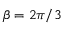
\beta = 2 \pi / 3